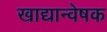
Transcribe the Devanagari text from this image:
खाद्यान्वेषक